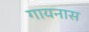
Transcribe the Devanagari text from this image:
गायनास